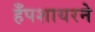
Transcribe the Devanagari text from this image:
हँपशायरने